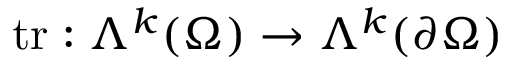
\mathrm { t r } : \Lambda ^ { k } ( \Omega ) \to \Lambda ^ { k } ( \partial \Omega )